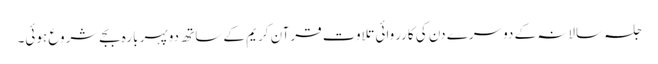
جلسہ سالانہ کے دوسرے دن کی کارروائی تلاوت قرآن کریم کے ساتھ دوپہر بارہ بجےشروع ہوئی۔